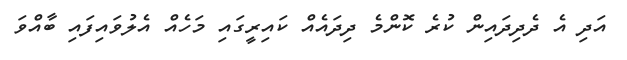
އަދި އެ ދެދިދައިން ކުރެ ކޮންމެ ދިދައެއް ކައިރީގައި މަހެއް އެލުވައިފައި ބާއްވަ